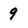
Character: 9